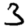
Digit: 3